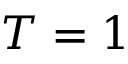
T = 1